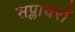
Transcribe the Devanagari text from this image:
सप्लायरों